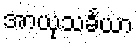
အာယုသင်္ခယာ